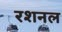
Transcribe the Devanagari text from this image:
रशनल